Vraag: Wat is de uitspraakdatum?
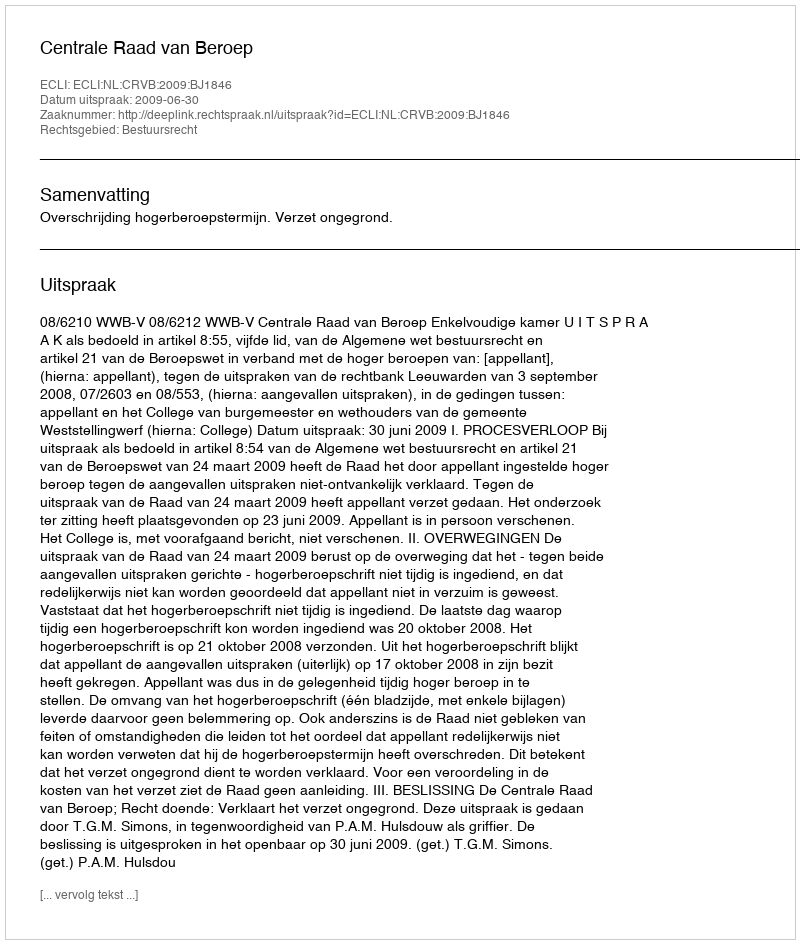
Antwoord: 2009-06-30